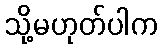
သို့မဟုတ်ပါက